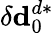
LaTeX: \delta\mathbf{d}_{0}^{d*}